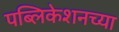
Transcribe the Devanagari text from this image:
पब्लिकेशनच्या